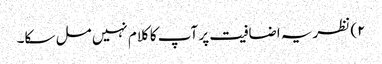
۲) نظریہ اضافیت پر آپ کا کلام نہیں مل سکا۔